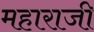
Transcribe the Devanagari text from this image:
महाराजी